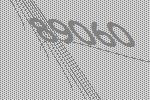
89060